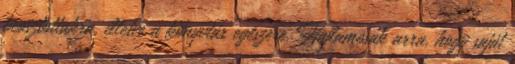
beosztottakra, illetve a könyvtár egészére. Hajlamosak arra, hogy saját